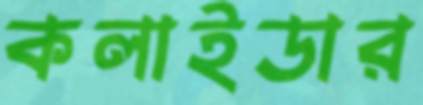
কলাইডার